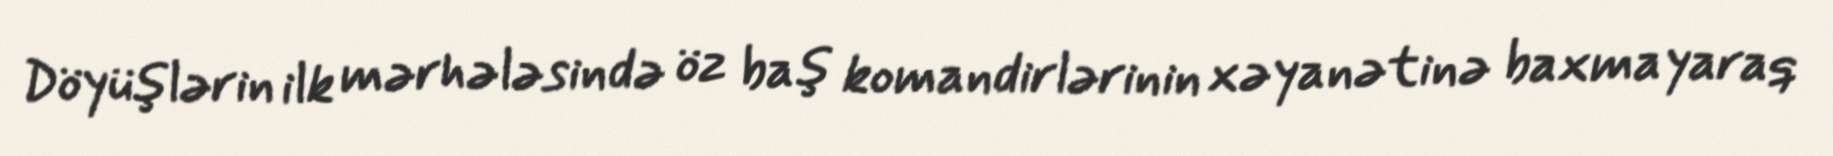
Döyüşlərin ilk mərhələsində öz baş komandirlərinin xəyanətinə baxmayaraq